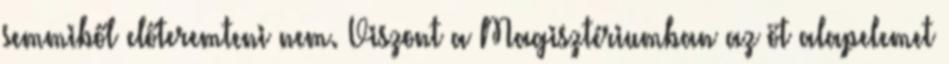
semmiből előteremteni nem. Viszont a Magisztériumban az öt alapelemet